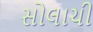
સોલાચી